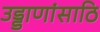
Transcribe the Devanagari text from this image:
उड्डाणांसाठि